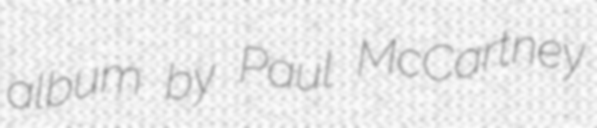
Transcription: album by Paul McCartney